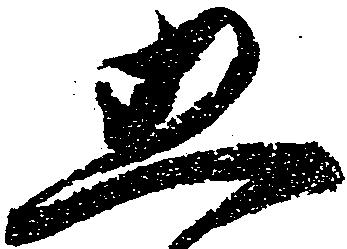
五